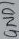
Text: GND1